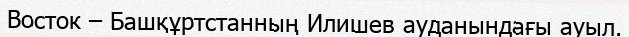
Восток – Башқұртстанның Илишев ауданындағы ауыл.